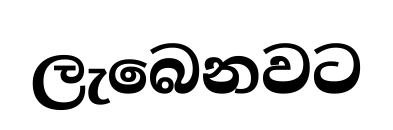
ලැබෙනවට